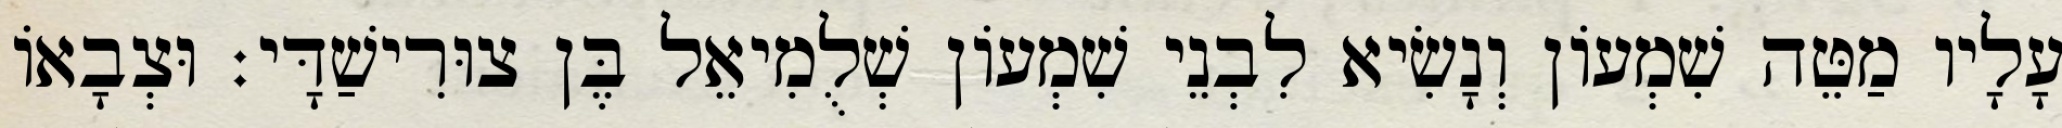
עָלָיו מַטֵּה שִׁמְעוֹן וְנָשִׂיא לִבְנֵי שִׁמְעוֹן שְׁלֻמִיאֵל בֶּן צוּרִישַׁדָּי׃ וּצְבָאוֹ